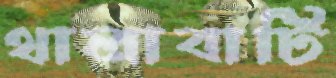
থালাবাটি